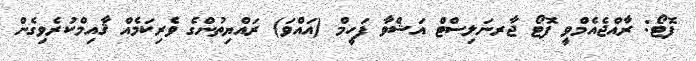
ފޮޓޯ: ރާއްޖެއެމްވީ ފޮޓޯ ޖާރނަލިސްޓް އަޝްވާ ފަހީމް (އައްވަ) ރައްޔިތުންގެ ވެރިކަމެއް ޤާއިމްކުރެވިގެން